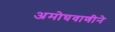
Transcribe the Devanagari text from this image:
अमोघवाणीने